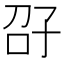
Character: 𫲤